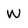
Character: W